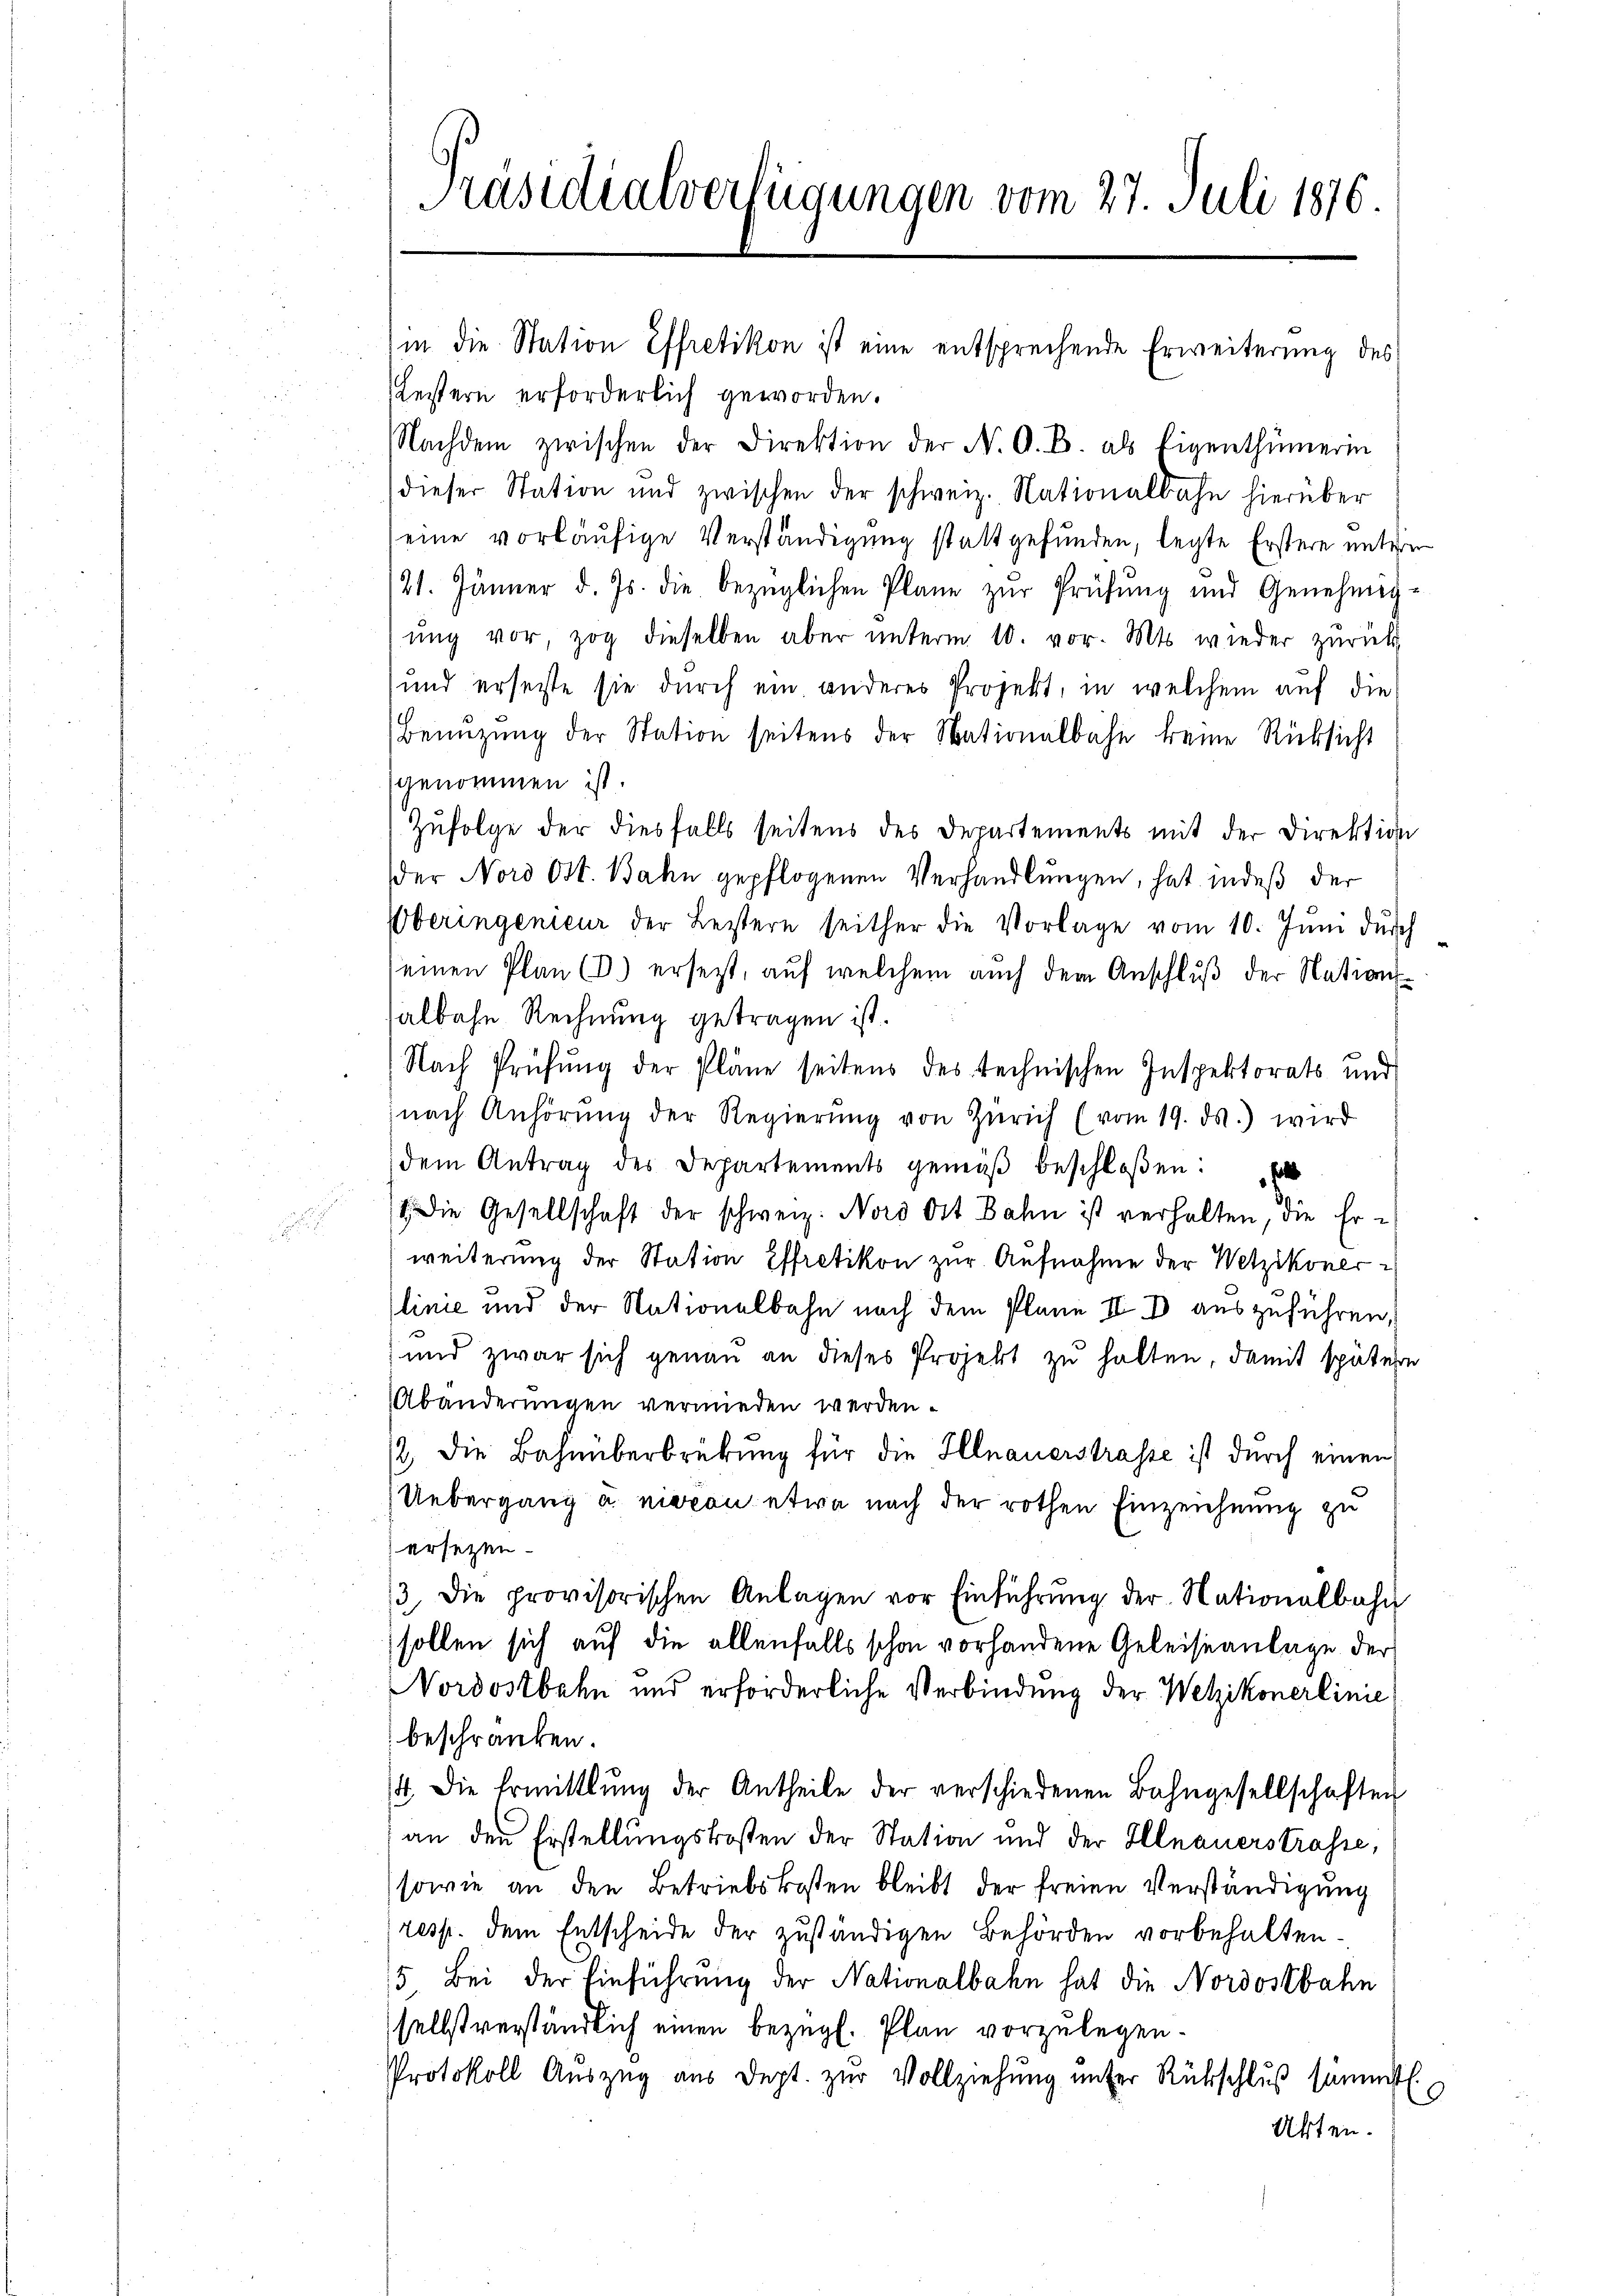
Präsidialverfügungen vom 27. Juli 1876

(in die Station Effretikon ist eine entsprechende Erweiterung des
Leistern erforderlich geworden.
Nachdem zwischen der Direktion der N. O. B. als Eigenthümerin
dieser Station und zwischen der schweiz. Nationalbahn hierüber
eine vorläufige Verständigung stattgefunden, legte Erstere unteren
21. Jänner d. Js. die bezüglichen Plane zur Prüfung und Genehmig-
ŭng vor, zog dieselben aber unterm 10. vor. Mts. wieder zurück
und erseite sie durch ein anderes Projekt, in welchem auf die
Benŭtzŭng der Station seitens der Nationalbahn keine Rücksicht
genommen ist.
Zufolge der diesfalls seitens des Departements mit der Direktion
der Nord Ott. Bahn gepflogenen Verhandlungen, hat indeß der
Oberingenieur der Leistern seither die Vorlage vom 10. Jŭni durch
seinen Plan (3.) ersetzt, auf welchem auch dem Anschluß der Nationssalbahn Rechnung getragen ist.
Nach Prüfung der Pläne seitens des technischen Inspektorats und
nach Anhörŭng der Regierŭng von Zürich (vom 19. ds. wird
dem Antrag des Departements gemäβ beschloßen:
/ die Gesellschaft der schweiz. Nord Ott Bahn ist verhalten, die Er-
weiterung der Station Effretikon zur Aufnahme der Wetzikoner-
linie und der Nationalbahn nach dem Plane II B auszuführen,
und zwar sich genau an dieses Projekt zu halten, damit spätern
Abänderungen vermieden werden.
/2, die Bahnüberbrübung für die Illnauerstrasse ist durch einen
Uebergang u. nievon etwa nach der rothen Einzeichnung zu
ersezen.
/3. die provisorischen Anlagen vor Einführŭng der Nationalbahn
sollen sich auf die allenfalls schon vorhandene Geleiseanlage der
Nordostbahn und erforderliche Verbindung der Wetzikonerlinie
beschränken.
4. Die Ermittlung der Antheile der verschiedenen Bahngesellschaften
an den Erstellungskosten der Station und der Illnauerstrasse,
sowie an den Betriebskosten bleibt der freien Verständigung
resp. dem Entscheide der zuständigen Behörden vorbehalten¬
15 Bei der Einführung der Nationalbahn hat die Nordostbahn
selbstverständlich einen bezügl. Plan vorzulegen¬
Protokoll Aŭszŭg aŭs dept. zŭr Vollziehŭng ŭnter Rückschlŭβ sämmtl.
Akten.